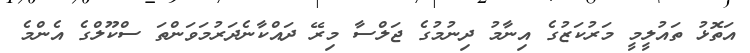
އަތޮޅު ތައުލީމީ މަރުކަޒުގެ އިނާމު ދިނުމުގެ ޖަލްސާ މިރޭ ދައްކާނެދަރުމަވަންތަ ސްކޫލްގެ އެންމެ